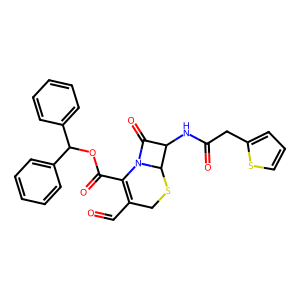
SMILES: O=CC1=C(C(=O)OC(c2ccccc2)c2ccccc2)N2C(=O)C(NC(=O)Cc3cccs3)C2SC1
Inhibits HIV replication: No